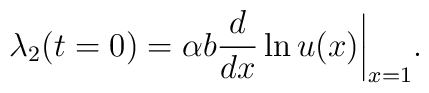
\lambda_2(t=0)=\alpha b{d\over dx}\ln u(x)\bigg|_{x=1}.